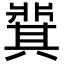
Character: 𬌋